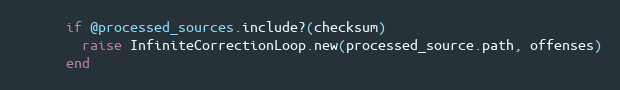
Language: Ruby
      if @processed_sources.include?(checksum)
        raise InfiniteCorrectionLoop.new(processed_source.path, offenses)
      end